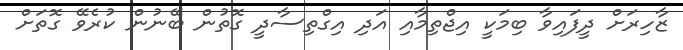
ޒާހިރަށް ދީފައިވާ ބިމަކީ އިޖްތިމާއި އަދި އިގްތިސާދީ ގޮތުން ބޭނުން ކުރެވޭ ގޮތަށް